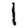
Digit: 1